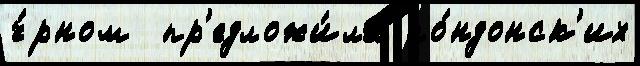
ч́рном  пр'едложи́ла ло́ндонск'их